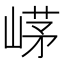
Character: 𡹰